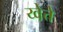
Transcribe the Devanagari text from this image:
य्वेत्ते